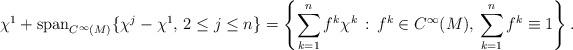
LaTeX: \begin{align*} \chi^1 + \mathrm{span}_{C^\infty(M)} \{ \chi^j- \chi^1, \, 2\leq j\leq n\}= \left\{ \sum_{k=1}^n f^k \chi^k \, : \, f^k \in C^\infty(M), \, \sum_{k=1}^n f^k \equiv 1 \right\}. \end{align*}